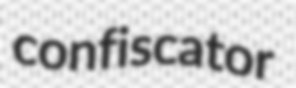
confiscator